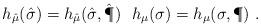
LaTeX: \begin{align*}h_{\hat{\mu}}(\hat{\sigma}) = h_{\hat{\mu}}(\hat{\sigma},\hat{\P}) \ \ h_\mu(\sigma) = h_\mu(\sigma,\P) \ .\end{align*}